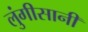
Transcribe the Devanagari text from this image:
लुंगीसानी